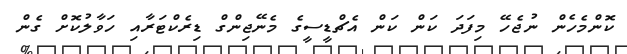
ކޮންމެހެން ނުޖެހޭ މިފަދަ ކަން ކަން އެޗްޑީސީގެ މެނޭޖިންގް ޑިރެކްޓަރާއި ހަވާލުކޮށް ގެން